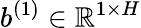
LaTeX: b^{(1)}\in\mathbb{R}^{1\times H}